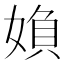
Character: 媍